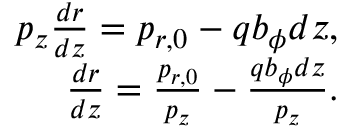
\begin{array} { r } { p _ { z } \frac { d r } { d z } = p _ { r , 0 } - q b _ { \phi } d z , } \\ { \frac { d r } { d z } = \frac { p _ { r , 0 } } { p _ { z } } - \frac { q b _ { \phi } d z } { p _ { z } } . } \end{array}